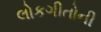
લોકગીતોની